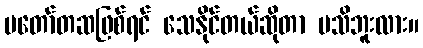
မတော်တဆဖြစ်ရင် သေနိုင်တယ်ဆိုတာ မသိဘူးလား။